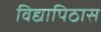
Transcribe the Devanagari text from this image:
विद्यापिठास